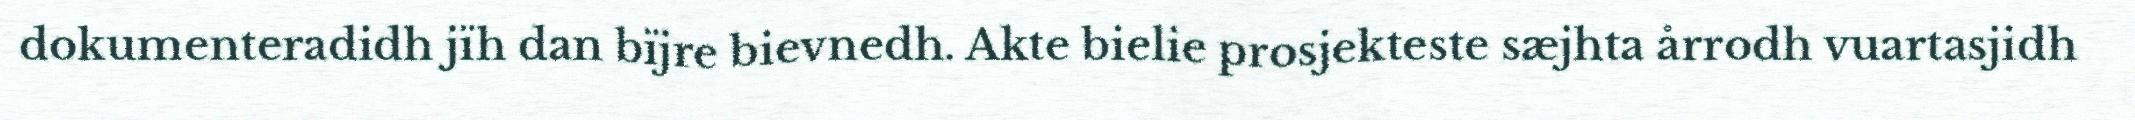
dokumenteradidh jïh dan bïjre bievnedh. Akte bielie prosjekteste sæjhta årrodh vuartasjidh